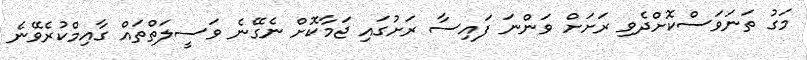
މަގު ތަނަވަސްކޮށްދެވި ރަށަށް ވަންނަ ފައިސާ ރަށުގައި ޖަމާކޮށް ނެގޭނެ ވަސީލަތްތައް ގާއިމްކުރެވޭނެ